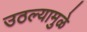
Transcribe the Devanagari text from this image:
उठल्यामुळे